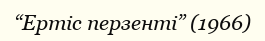
“Ертіс перзенті” (1966)